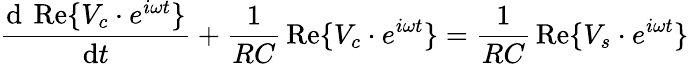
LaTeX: {\frac{\mathrm{d}\ \operatorname{Re}\{ V_{c}\cdot e^{i\omega t}\} }{\mathrm{d}t}}+{\frac{1}{RC}}\operatorname{Re}\{ V_{c}\cdot e^{i\omega t}\} ={\frac{1}{RC}}\operatorname{Re}\{ V_{s}\cdot e^{i\omega t}\}